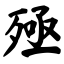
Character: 殛